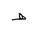
Letter: _za